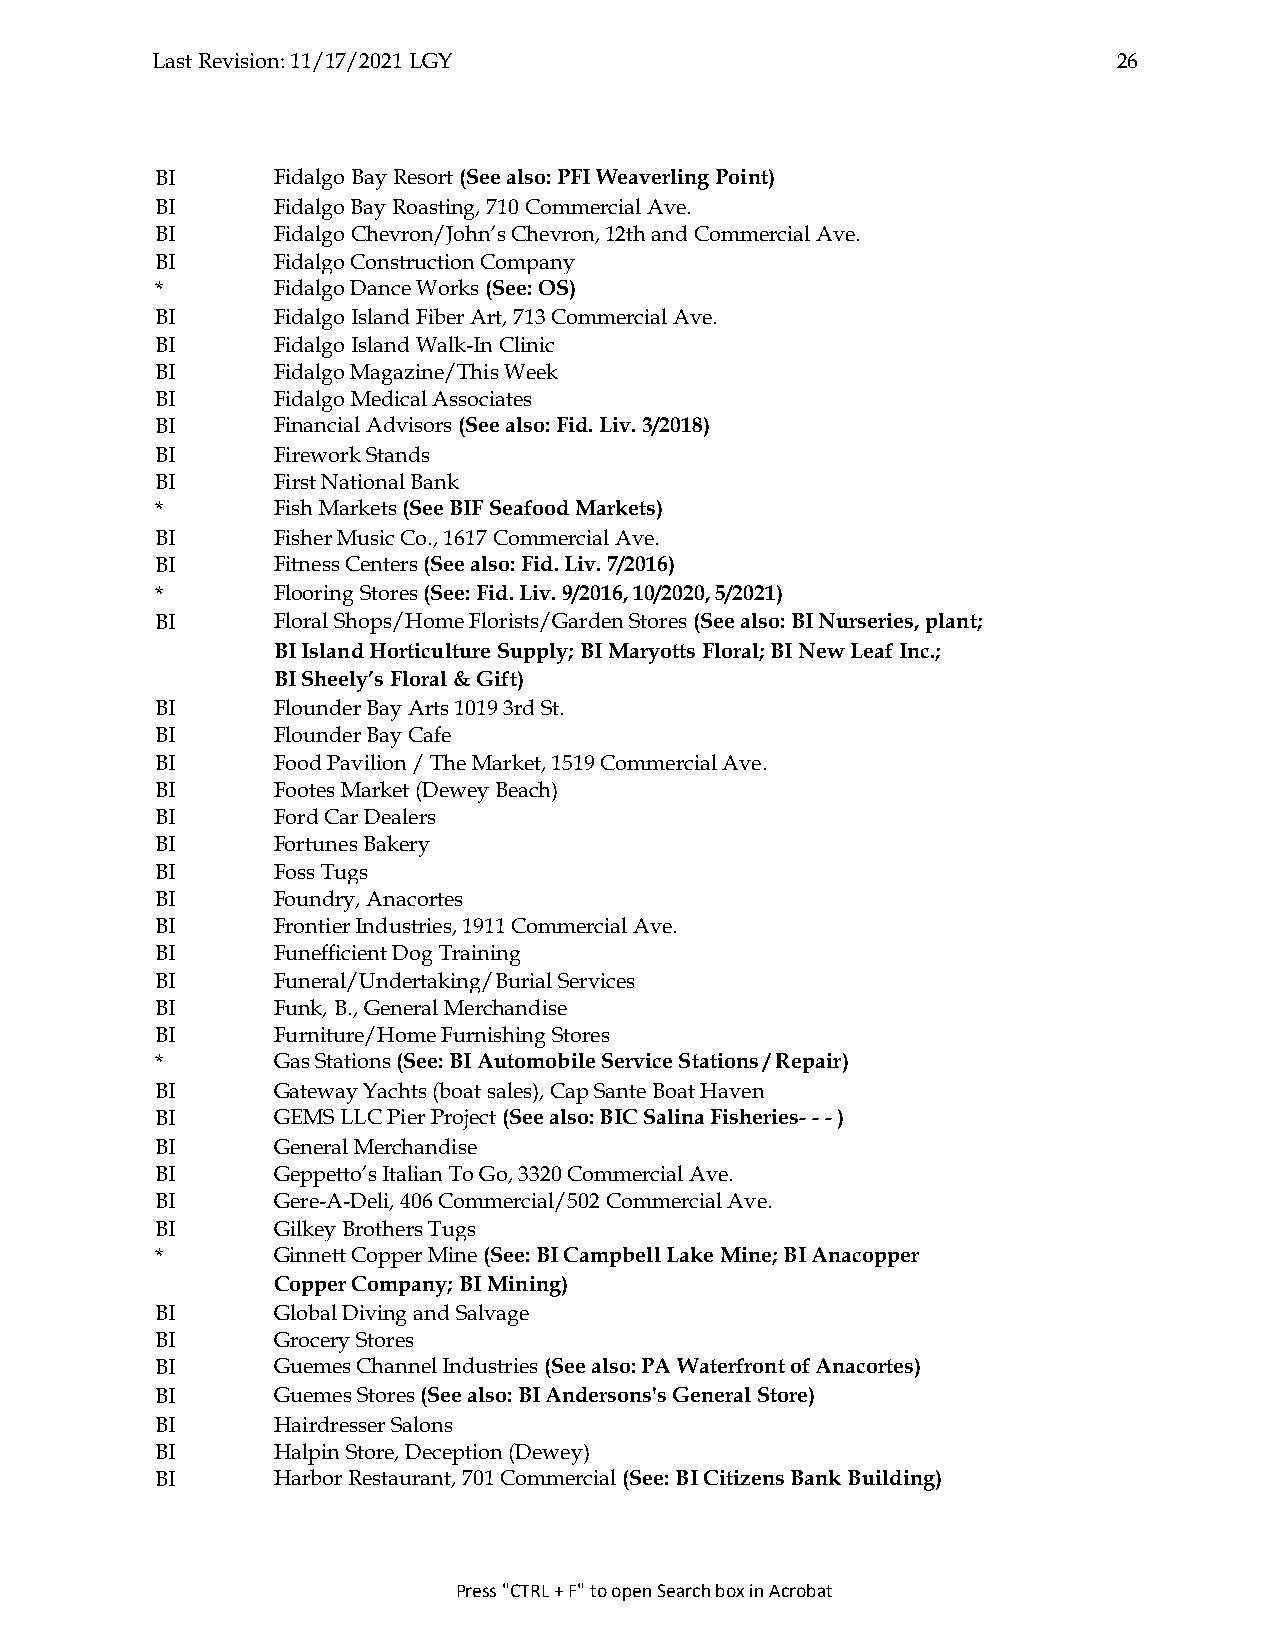
Last Revision: 11/17/2021 LGY                                   26
 BI      Fidalgo Bay Resort (See also: PFI Weaverling Point)
 BI      Fidalgo Bay Roasting, 710 Commercial Ave.
 BI      Fidalgo Chevron/John’s Chevron, 12th and Commercial Ave.
 BI      Fidalgo Construction Company
 *       Fidalgo Dance Works (See: OS)
 BI      Fidalgo Island Fiber Art, 713 Commercial Ave.
 BI      Fidalgo Island Walk-In Clinic
 BI      Fidalgo Magazine/This Week
 BI      Fidalgo Medical Associates
 BI      Financial Advisors (See also: Fid. Liv. 3/2018)
 BI      Firework Stands
 BI      First National Bank
 *       Fish Markets (See BIF Seafood Markets)
 BI      Fisher Music Co., 1617 Commercial Ave.
 BI      Fitness Centers (See also: Fid. Liv. 7/2016)
 *       Flooring Stores (See: Fid. Liv. 9/2016, 10/2020, 5/2021)
 BI      Floral Shops/Home Florists/Garden Stores (See also: BI Nurseries, plant;
 BI Island Horticulture Supply; BI Maryotts Floral; BI New Leaf Inc.;
 BI Sheely’s Floral & Gift)
 BI      Flounder Bay Arts 1019 3rd St.
 BI      Flounder Bay Cafe
 BI      Food Pavilion / The Market, 1519 Commercial Ave.
 BI      Footes Market (Dewey Beach)
 BI      Ford Car Dealers
 BI      Fortunes Bakery
 BI      Foss Tugs
 BI      Foundry, Anacortes
 BI      Frontier Industries, 1911 Commercial Ave.
 BI      Funefficient Dog Training
 BI      Funeral/Undertaking/Burial Services
 BI      Funk, B., General Merchandise
 BI      Furniture/Home Furnishing Stores
 *       Gas Stations (See: BI Automobile Service Stations / Repair)
 BI      Gateway Yachts (boat sales), Cap Sante Boat Haven
 BI      GEMS LLC Pier Project (See also: BIC Salina Fisheries- - - )
 BI      General Merchandise
 BI      Geppetto’s Italian To Go, 3320 Commercial Ave.
 BI      Gere-A-Deli, 406 Commercial/502 Commercial Ave.
 BI      Gilkey Brothers Tugs
 *       Ginnett Copper Mine (See: BI Campbell Lake Mine; BI Anacopper
 Copper Company; BI Mining)
 BI      Global Diving and Salvage
 BI      Grocery Stores
 BI      Guemes Channel Industries (See also: PA Waterfront of Anacortes)
 BI      Guemes Stores (See also: BI Andersons's General Store)
 BI      Hairdresser Salons
 BI      Halpin Store, Deception (Dewey)
 BI      Harbor Restaurant, 701 Commercial (See: BI Citizens Bank Building)
 Press "CTRL + F" to open Search box in Acrobat